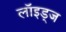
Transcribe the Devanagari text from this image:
लॉइड्ज